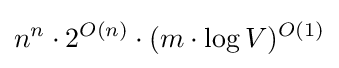
n^{n}\cdot 2^{O(n)}\cdot (m\cdot \log V)^{O(1)}